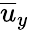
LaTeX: \overline{{u}}_{y}